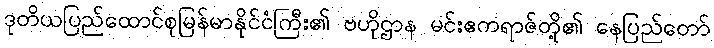
ဒုတိယပြည်ထောင်စုမြန်မာနိုင်ငံကြီး၏ ဗဟိုဌာန မင်းဧကရာဇ်တို့၏ နေပြည်တော်